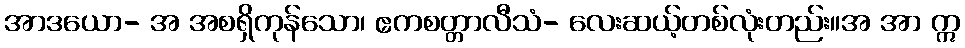
အာဒယော- အ အစရှိကုန်သော၊ ဧကစတ္တာလီသံ- လေးဆယ့်တစ်လုံးတည်း။အ အာ ဣ